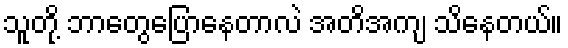
သူတို့ ဘာတွေပြောနေတာလဲ အတိအကျ သိနေတယ်။